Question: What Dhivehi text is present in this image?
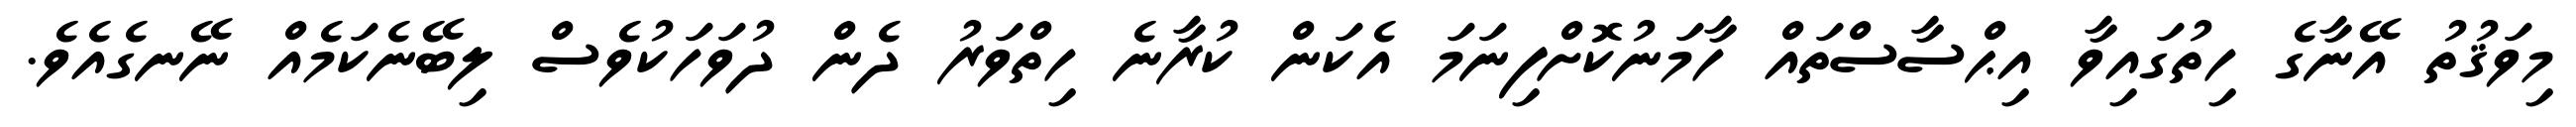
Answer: މިވަޤުތު އޭނާގެ ހިތުގައިވާ އިޙްސާސްތައް ހާމަނުކޮށްފިނަމަ އެކަން ކުރާނެ ހިތްވަރު ދެން ދުވަހަކުވެސް ލިބޭނެކަމެއް ނޭނގެއެވެ.